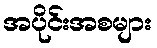
အပိုင်းအစများ